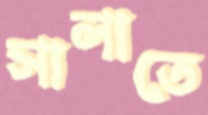
সালাতে